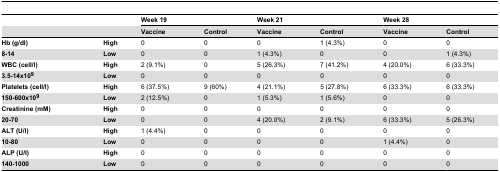
<table><thead><tr><td></td><td></td><td colspan="2"><b>Week 19</b></td><td colspan="2"><b>Week 21</b></td><td colspan="2"><b>Week 28</b></td></tr><tr><td></td><td></td><td><b>Vaccine</b></td><td><b>Control</b></td><td><b>Vaccine</b></td><td><b>Control</b></td><td><b>Vaccine</b></td><td><b>Control</b></td></tr></thead><tbody><tr><td><b>Hb (g/dl)</b></td><td><b>High</b></td><td>0</td><td>0</td><td>0</td><td>1 (4.3%)</td><td>0</td><td>0</td></tr><tr><td><b>8-14</b></td><td><b>Low</b></td><td>0</td><td>0</td><td>1 (4.3%)</td><td>0</td><td>0</td><td>1 (4.3%)</td></tr><tr><td><b>WBC (cell/l)</b></td><td><b>High</b></td><td>2 (9.1%)</td><td>0</td><td>5 (26.3%)</td><td>7 (41.2%)</td><td>4 (20.0%)</td><td>6 (33.3%)</td></tr><tr><td><b>3.5-14x10<sup>9</sup></b></td><td><b>Low</b></td><td>0</td><td>0</td><td>0</td><td>0</td><td>0</td><td>0</td></tr><tr><td><b>Platelets (cell/l)</b></td><td><b>High</b></td><td>6 (37.5%)</td><td>9 (60%)</td><td>4 (21.1%)</td><td>5 (27.8%)</td><td>6 (33.3%)</td><td>6 (33.3%)</td></tr><tr><td><b>150-600x10<sup>9</sup></b></td><td><b>Low</b></td><td>2 (12.5%)</td><td>0</td><td>1 (5.3%)</td><td>1 (5.6%)</td><td>0</td><td>0</td></tr><tr><td><b>Creatinine (mM)</b></td><td><b>High</b></td><td>0</td><td>0</td><td>0</td><td>0</td><td>0</td><td>0</td></tr><tr><td><b>20-70</b></td><td><b>Low</b></td><td>0</td><td>0</td><td>4 (20.0%)</td><td>2 (9.1%)</td><td>6 (33.3%)</td><td>5 (26.3%)</td></tr><tr><td><b>ALT (U/l)</b></td><td><b>High</b></td><td>1 (4.4%)</td><td>0</td><td>0</td><td>0</td><td>0</td><td>0</td></tr><tr><td><b>10-80</b></td><td><b>Low</b></td><td>0</td><td>0</td><td>0</td><td>0</td><td>1 (4.4%)</td><td>0</td></tr><tr><td><b>ALP (U/l)</b></td><td><b>High</b></td><td>0</td><td>0</td><td>0</td><td>0</td><td>0</td><td>0</td></tr><tr><td><b>140-1000</b></td><td><b>Low</b></td><td>0</td><td>0</td><td>0</td><td>0</td><td>0</td><td>0</td></tr></tbody></table>